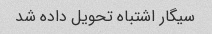
سیگار اشتباه تحویل داده شد